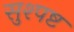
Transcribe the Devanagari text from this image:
सुश्पष्ट